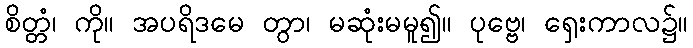
စိတ္တံ၊ ကို။ အပရိဒမေ တွာ၊ မဆုံးမမူ၍။ ပုဗ္ဗေ၊ ရှေးကာလ၌။